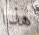
هذا